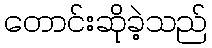
တောင်းဆိုခဲ့သည်